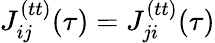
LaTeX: J_{ij}^{(tt)}(\tau)=J_{ji}^{(tt)}(\tau)